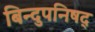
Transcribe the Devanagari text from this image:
बिन्दुपनिषद्